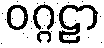
ဝဂ္ဂဠာ